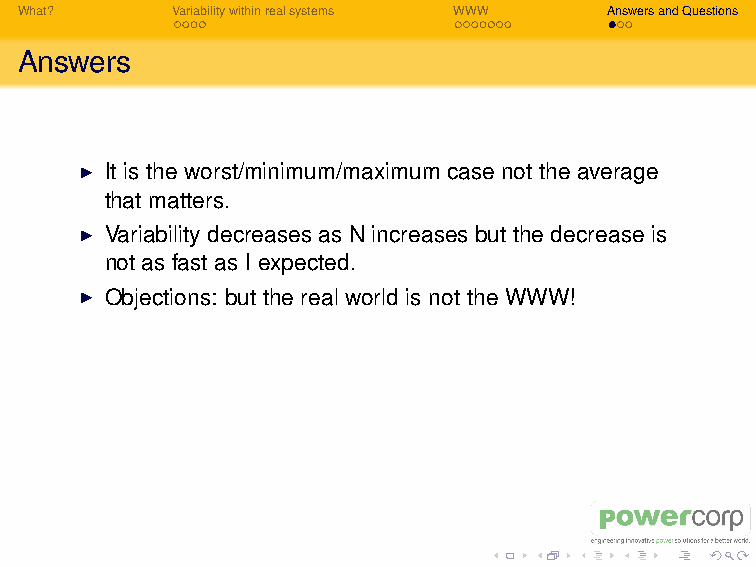
Well yes,
 but it sometimes looks mighty like it to me. The best way to
 understand a process is its limiting cases.
 I WARNING: variability is a problem that has been solved in
 Western Australia. For example Coral Bay runs at >91%
 Renewable Penetration using Induction Wind Turbine
 Generators.
 What?     Variabilitywithinrealsystems WWW AnswersandQuestions
 Answers
 I It is the worst/minimum/maximum case not the average
 that matters.
 I Variability decreases as N increases but the decrease is
 not as fast as I expected.
 I Objections: but the real world is not the WWW!